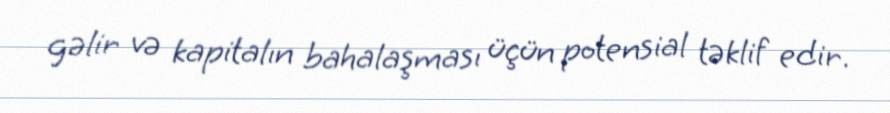
gəlir və kapitalın bahalaşması üçün potensial təklif edir.